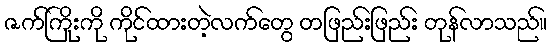
ဇက်ကြိုးကို ကိုင်ထားတဲ့လက်တွေ တဖြည်းဖြည်း တုန်လာသည်။